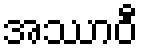
အဿာဝီ